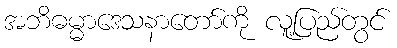
အဘိဓမ္မာဒေသနာတော်ကို လူ့ပြည်တွင်